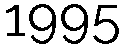
1995